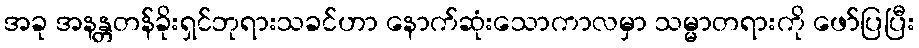
အခု အနန္တတန်ခိုးရှင်ဘုရားသခင်ဟာ နောက်ဆုံးသောကာလမှာ သမ္မာတရားကို ဖော်ပြပြီး